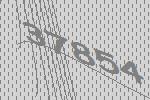
37854